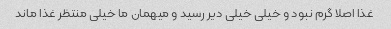
غذا اصلا گرم نبود و خیلی خیلی دیر رسید و میهمان ما خیلی منتظر غذا ماند